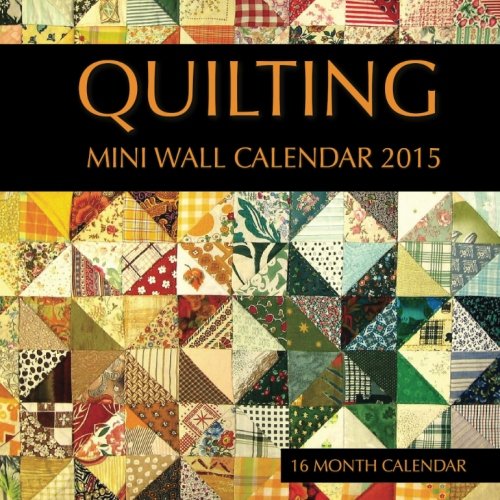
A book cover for Quilting Mini Wall Calendar 2015: 16 Month Calendar; Sam Hub; Calendars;